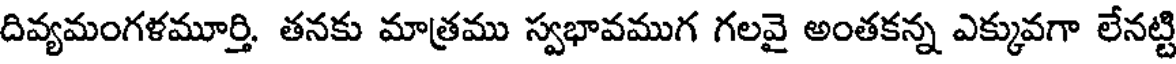
దివ్యమంగళమూర్తి. తనకు మాత్రము స్వభావముగ గలవై అంతకన్న ఎక్కువగా లేనట్టి